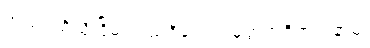
အထ၊ ထိုသို့ငြိမ်းသည်ရှိသော်။ မုတ္တဟရိတကံနာမ၊